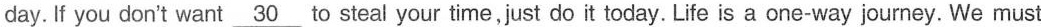
day.If you don't want \underline{30} to steal your time,just do it today.Life is a one-way journey.We must